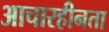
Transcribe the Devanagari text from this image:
आचारहीनता